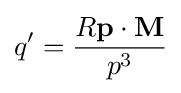
q'={\frac {R\mathbf {p} \cdot \mathbf {M} }{p^{3}}}